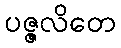
ပဇ္ဇလိတေ